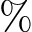
\%